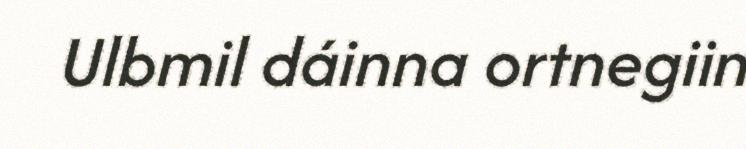
Ulbmil dáinna ortnegiin